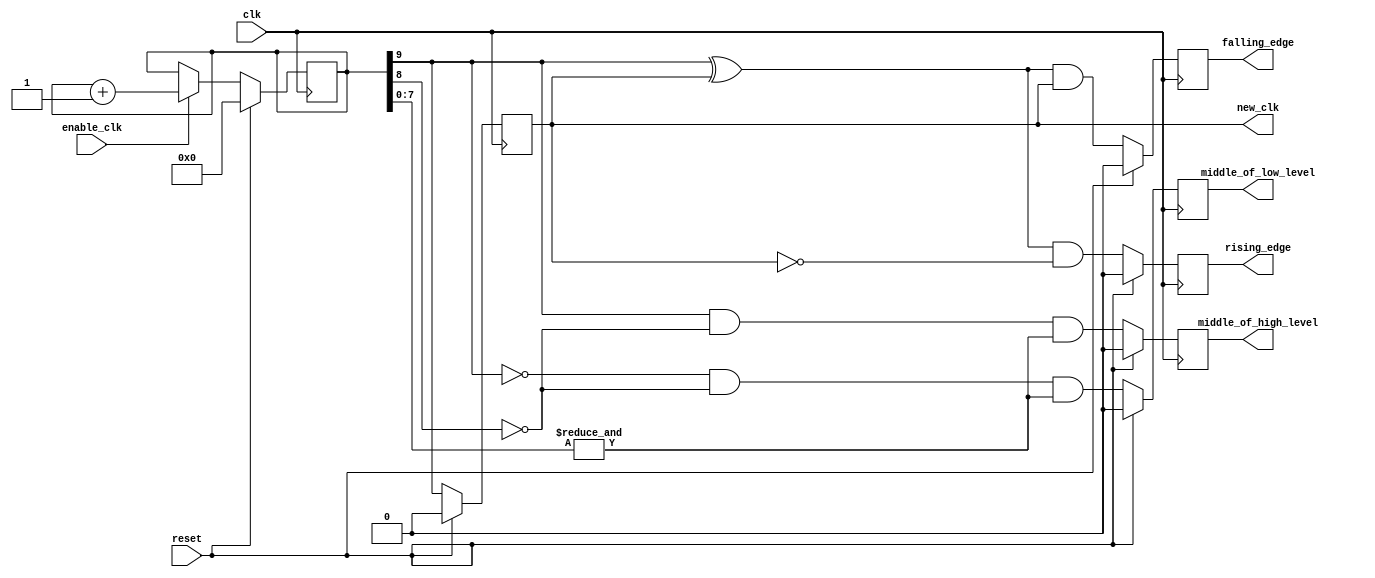
module Altera_UP_Slow_Clock_Generator (
	clk,
	reset,
	enable_clk,
	new_clk,
	rising_edge,
	falling_edge,
	middle_of_high_level,
	middle_of_low_level
);
parameter COUNTER_BITS	= 10;
parameter COUNTER_INC	= 10'h001;
input				clk;
input				reset;
input				enable_clk;
output	reg			new_clk;
output	reg			rising_edge;
output	reg			falling_edge;
output	reg			middle_of_high_level;
output	reg			middle_of_low_level;
reg			[COUNTER_BITS:1]	clk_counter;
always @(posedge clk)
begin
	if (reset == 1'b1)
		clk_counter	<= {COUNTER_BITS{1'b0}};
	else if (enable_clk == 1'b1)
		clk_counter	<= clk_counter + COUNTER_INC;
end
always @(posedge clk)
begin
	if (reset == 1'b1)
		new_clk	<= 1'b0;
	else
		new_clk	<= clk_counter[COUNTER_BITS];
end
always @(posedge clk)
begin
	if (reset == 1'b1)
		rising_edge	<= 1'b0;
	else
		rising_edge	<= (clk_counter[COUNTER_BITS] ^ new_clk) & ~new_clk;
end
always @(posedge clk)
begin
	if (reset == 1'b1)
		falling_edge <= 1'b0;
	else
		falling_edge <= (clk_counter[COUNTER_BITS] ^ new_clk) & new_clk;
end
always @(posedge clk)
begin
	if (reset == 1'b1)
		middle_of_high_level <= 1'b0;
	else
		middle_of_high_level <= 
			clk_counter[COUNTER_BITS] & 
			~clk_counter[(COUNTER_BITS - 1)] &
			(&(clk_counter[(COUNTER_BITS - 2):1]));
end
always @(posedge clk)
begin
	if (reset == 1'b1)
		middle_of_low_level <= 1'b0;
	else
		middle_of_low_level <= 
			~clk_counter[COUNTER_BITS] & 
			~clk_counter[(COUNTER_BITS - 1)] &
			(&(clk_counter[(COUNTER_BITS - 2):1]));
end
endmodule